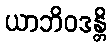
ယာဘိဝဒန္တိ